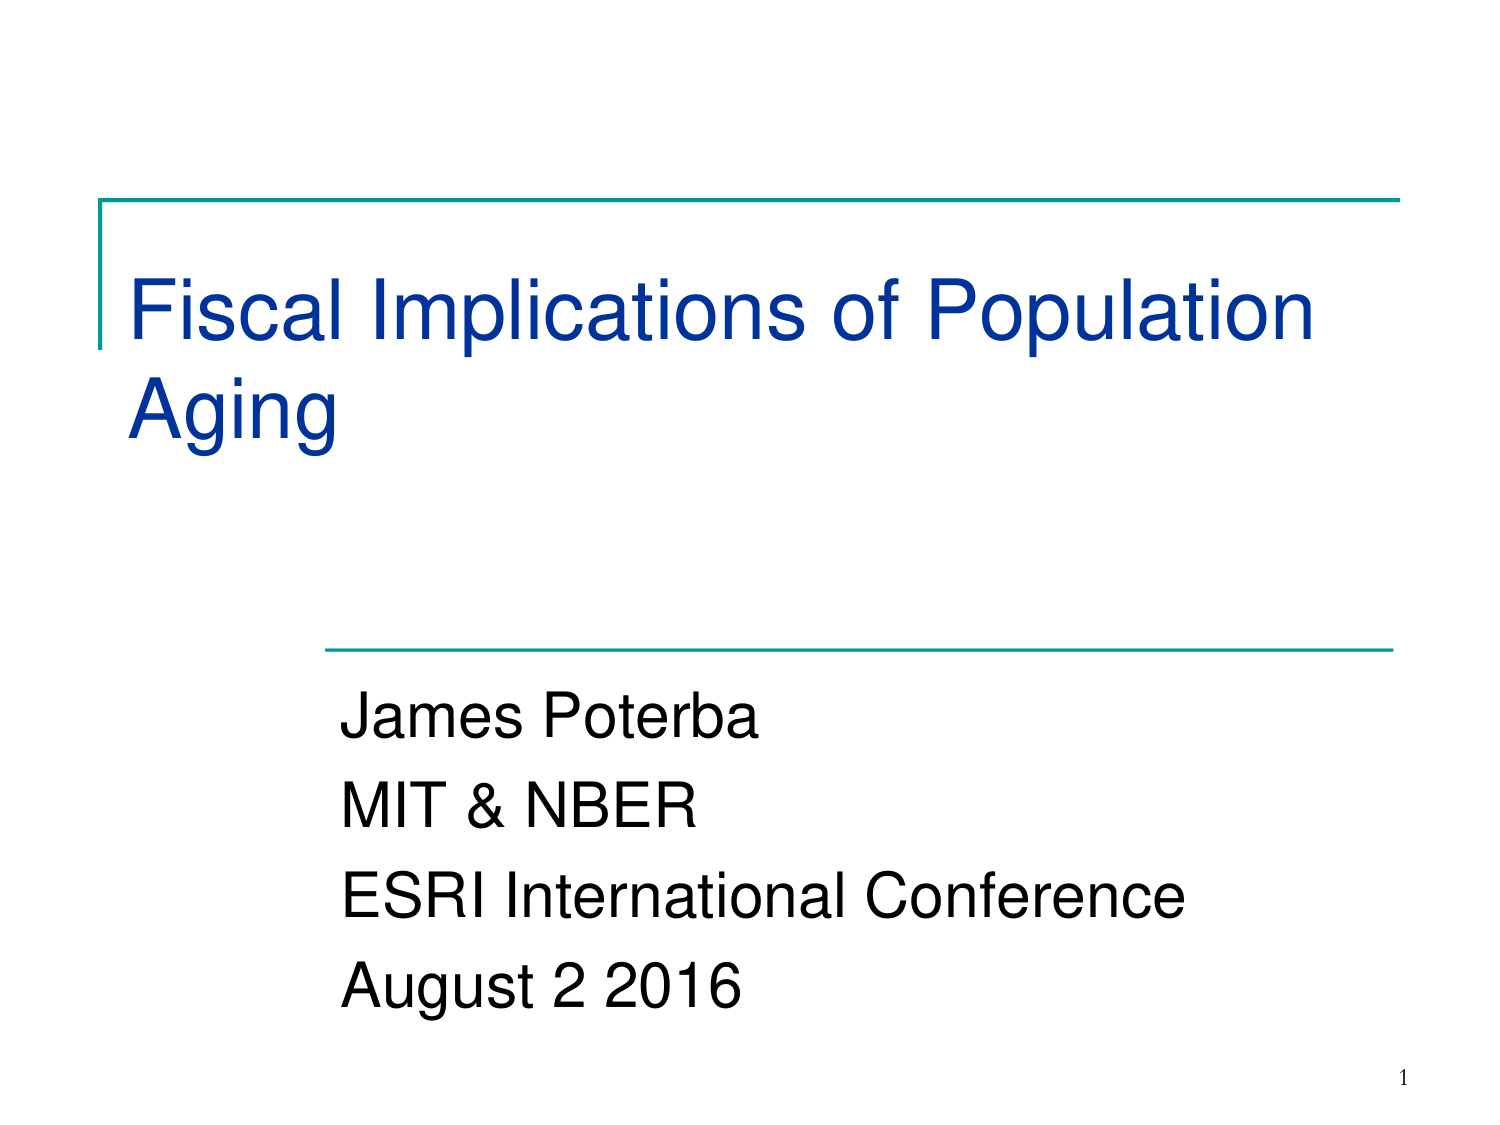
Fiscal Implications of Population
Aging

James Poterba
MIT & NBER
ESRI International Conference
August 2 2016

1